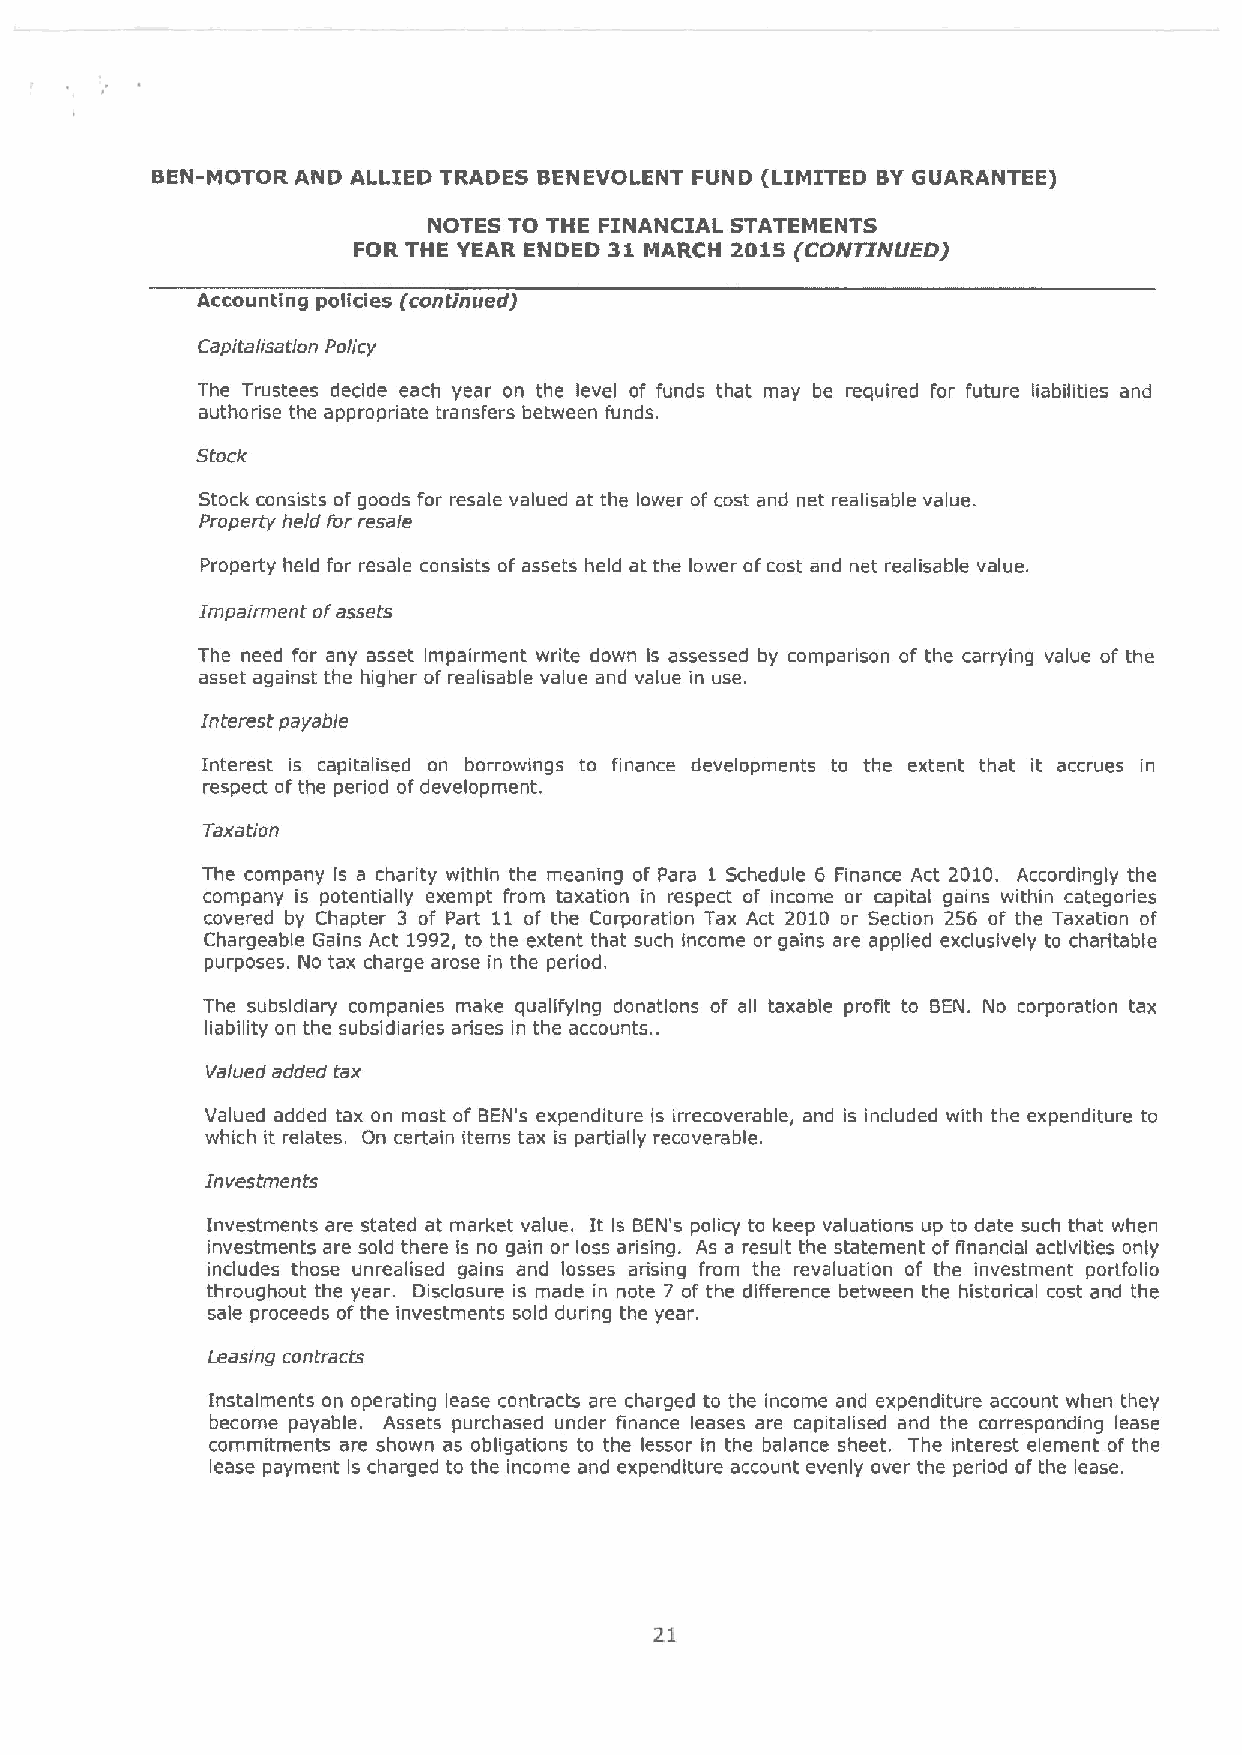
BEN-MOTOR AND ALLIED TRADES BENEVOLENT FUND (LIMITED BYGUARANTEE)
 NOTES TO THE FINANCIAL STATEMENTS
 FOR THE YEAR ENDED 31 MARCH 20IS (COFVTINIJED)
 Accounting policies (continued)
 Capi talisation Policy
 The Trustees decide each year on the level of funds that may be required for future liabilities and
 authorise the appropriate transfers between funds.
 Stock
 Stock consists of goods for resale valued at the lower of cost and net realisable value.
 Property held For resa(e
 Property held for resale consists of assets held at the lower ofcost and net realisable value.
 Impairment oFassets
 The need for any asset impairment write down is assessed by comparison of the carrying value of the
 asset against the higher of realisable value and value in use.
 interest payable
 Interest is capitalised on borrowings to finance developments to the extent that it accrues in
 respect ofthe period ofdevelopment.
 Taxation
 The company is a charity within the meaning of Para 1 Schedule 6 Finance Act 2010. Accordingly the
 company is potentially exempt from taxation in respect of income or capital gains within categories
 covered by Chapter 3 of Part 11 of the Corporation Tax Act 2010 or Section 256 of the Taxation of
 Chargeable Gains Act 1992, to the extent that such income or gains are applied exclusively to charitable
 purposes. No tax charge arose in the period.
 The subsidiary companies make qualifying donations of all taxable profit to BEN. No corporation tax
 liability on the subsidiaries arises in the accounts. .
 Va/ued added tax
 Valued added tax on most of BEN's expenditure is irrecoverable, and is included with the expenditure to
 which it relates. On certain items tax is pa*ially recoverable.
 Investments
 Investments are stated at market value. It Is BEN's policy to keep valuations up to date such that when
 investments are sold there is no gain or loss arising. As a result the statement of financial activities only
 includes those unrealised gains and losses arising from the revaluation of the investment portfolio
 throughout the year. Disclosure is made in note 7 of the difference between the historical cost and the
 sale proceeds ofthe investments sold dunng the year.
 Leasing contracts
 Instalments on operating lease contracts are charged to the income and expenditure account when they
 become payable. Assets purchased under finance leases are capitalised and the corresponding lease
 commitments are shown as obligations to the lessor in the balance sheet. The interest element of the
 lease payment is charged to the income and expenditure account evenly over the period of the lease.